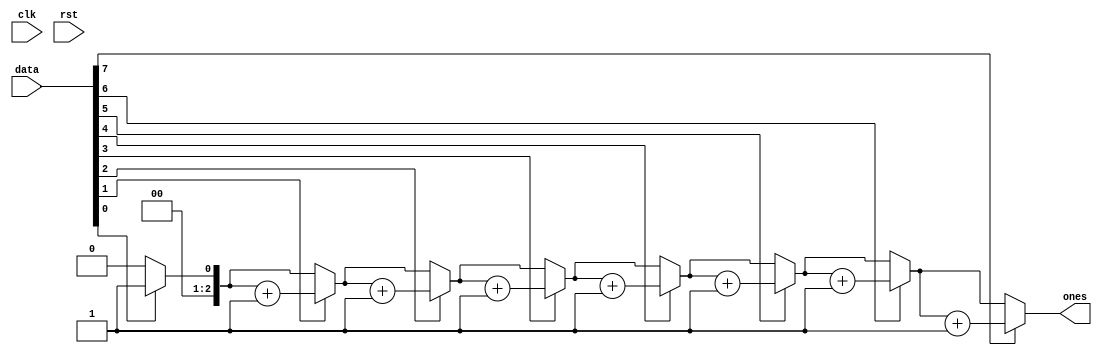
module ones_counter8bit (clk,rst,data, ones);
input clk;
input rst;
input [7:0] data;
output reg [2:0] ones;

 

 always @(*) begin
      ones  = 4'b0;

    if(data[0])
      ones = ones + 1 ;

    if(data[1])
      ones = ones + 1 ;

    if(data[2])
      ones = ones + 1 ;

    if(data[3])
      ones = ones + 1 ;

    if(data[4])
      ones = ones + 1 ;

    if(data[5])
      ones = ones + 1 ;

    if(data[6])
      ones = ones + 1 ;

    if(data[7])
      ones =ones + 1 ;

  end

endmodule